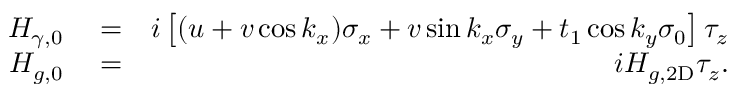
\begin{array} { r l r } { H _ { \gamma , 0 } } & { { } = } & { i \left[ ( u + v \cos k _ { x } ) \sigma _ { x } + v \sin k _ { x } \sigma _ { y } + t _ { 1 } \cos k _ { y } \sigma _ { 0 } \right] \tau _ { z } } \\ { H _ { g , 0 } } & { { } = } & { i H _ { g , \mathrm { 2 D } } \tau _ { z } . } \end{array}